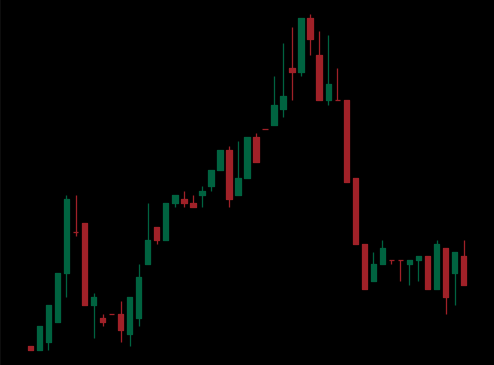
Pattern: head_shoulders